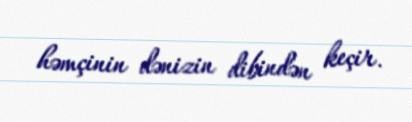
həmçinin dənizin dibindən keçir.